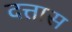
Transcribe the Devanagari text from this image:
दत्तास